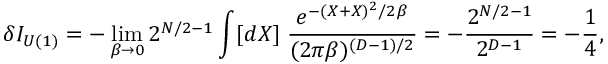
\delta { \cal I } _ { U ( 1 ) } = - \operatorname * { l i m } _ { \beta \rightarrow 0 } 2 ^ { N / 2 - 1 } \int [ d X ] \; \frac { e ^ { - ( X + X ) ^ { 2 } / 2 \beta } } { ( 2 \pi \beta ) ^ { ( D - 1 ) / 2 } } = - \frac { 2 ^ { N / 2 - 1 } } { 2 ^ { D - 1 } } = - \frac { 1 } { 4 } ,